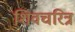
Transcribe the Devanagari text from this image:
शिवचरित्र